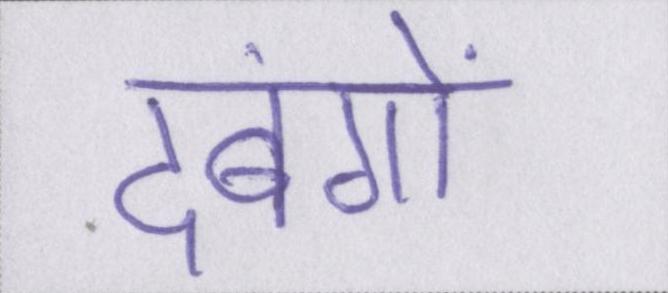
दबंगों